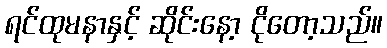
ရင်ထုမနာနှင့် ဆိုင်းနော့ ငိုတော့သည်။